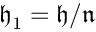
{ \mathfrak { h } } _ { 1 } = { \mathfrak { h } } / { \mathfrak { n } }